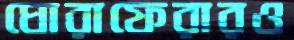
ঘোরাফেরারও